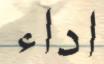
اداء